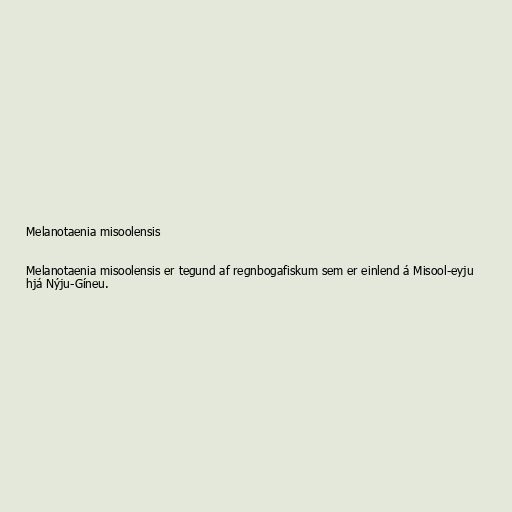
Melanotaenia misoolensis

Melanotaenia misoolensis er tegund af regnbogafiskum sem er einlend á Misool-eyju
hjá Nýju-Gíneu.